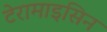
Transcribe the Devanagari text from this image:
टेरामाइसिन